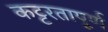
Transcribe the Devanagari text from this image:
कट्टरतापूर्ण